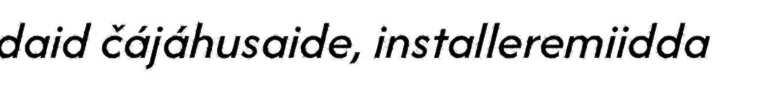
daid čájáhusaide, installeremiidda